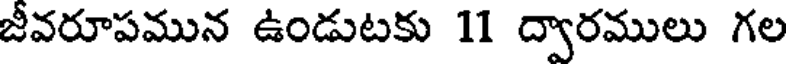
జీవరూపమున ఉండుటకు 11 ద్వారములు గల